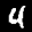
Digit: 4